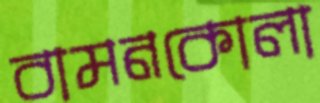
বামনকোলা